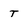
Character: T